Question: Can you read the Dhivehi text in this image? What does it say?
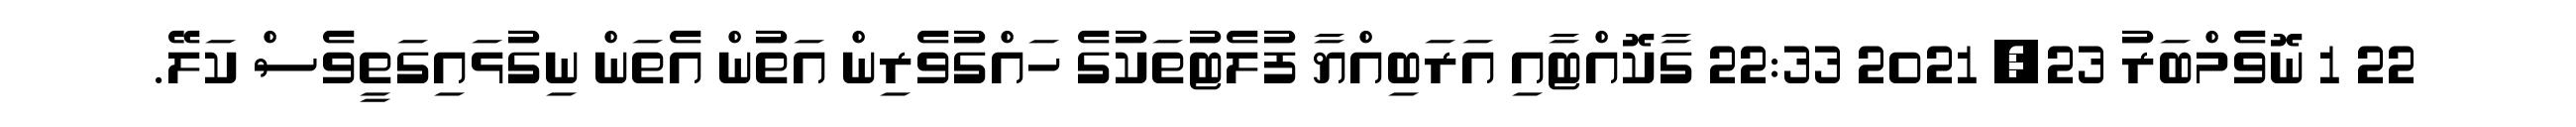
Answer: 22 1 ނޮވެމްބަރު 23, 2021 22:33 ގާކޮއްޓާއި އަރަބިއްޔާ ފުލެޓުތަކުގެ ހައްގުވެރިން އަތުން އެތަން ނިގުޅައިގަތީވެސް ކަލޭ.